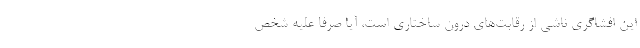
این افشاگری ناشی از رقابت‌های درون ساختاری است، آیا صرفاً علیه شخص